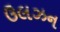
ઉલઝન